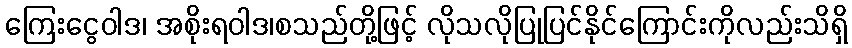
ကြေးငွေဝါဒ၊ အစိုးရဝါဒ၊စသည်တို့ဖြင့် လိုသလိုပြုပြင်နိုင်ကြောင်းကိုလည်းသိရှိ